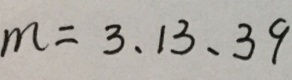
m = 3 、 1 3 、 3 9